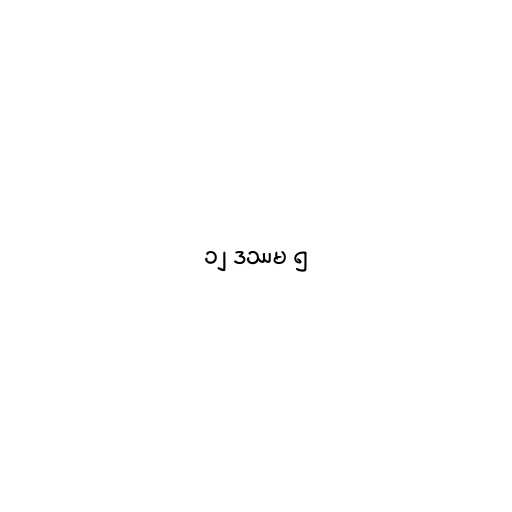
၁၂ ဒဿမ ၅